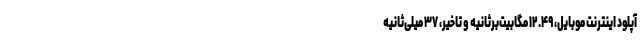
آپلود اینترنت موبایل، ۱۲.۴۹ مگابیت‌برثانیه و تاخیر، ۳۷ میلی‌ثانیه